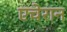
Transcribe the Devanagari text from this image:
एचेरान